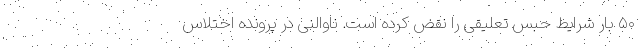
۵۰ بار شرایط حبس تعلیقی را نقض کرده است. ناوالنی در پرونده اختلاس